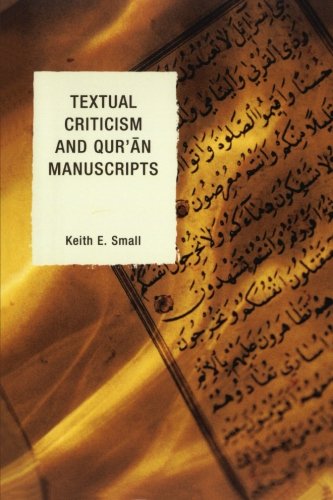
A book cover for Textual Criticism and Qur'an Manuscripts; Keith E. Small; Religion & Spirituality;